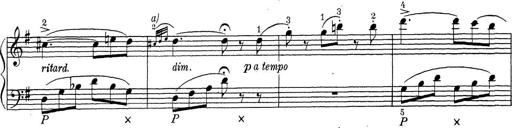
Title: ÄŒeskÃ© Sonatiny
Composer: Various